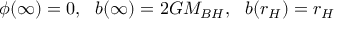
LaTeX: \phi ( \infty ) = 0 , \, \, \, \, b ( \infty ) = 2 G M _ { B H } , \, \, \, \, b ( r _ { H } ) = r _ { H }